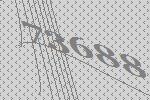
73688